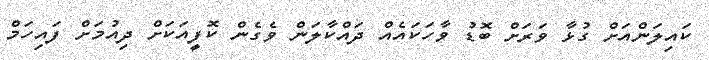
ކައިލަންއަށް ގުޅާ ވަރަށް ބޮޑު ވާހަކައެއް ދައްކާލަން ވެގެން ކޮފީއަކަށް ދިއުމަށް ފައިހަމް